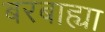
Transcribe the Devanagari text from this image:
बरबाह्या